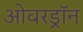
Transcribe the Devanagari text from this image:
ओवरड्रॉन